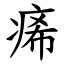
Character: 㾙